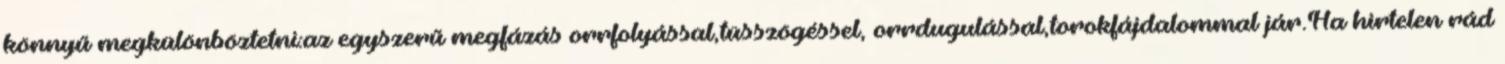
könnyű megkülönböztetni:az egyszerű megfázás orrfolyással,tüsszögéssel, orrdugulással,torokfájdalommal jár.Ha hirtelen rád